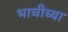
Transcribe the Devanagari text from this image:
भाचीच्या